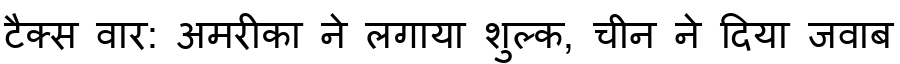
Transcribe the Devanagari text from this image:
टैक्स वार: अमरीका ने लगाया शुल्क, चीन ने दिया जवाब